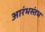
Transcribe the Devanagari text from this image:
आरंभस्तंभ